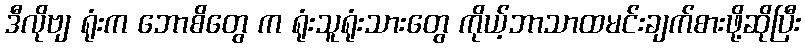
ဒီလိုဗျ ရုံးက ဘောစိတွေ က ရုံးသူရုံးသားတွေ ကိုယ့်ဘာသာထမင်းချက်စားဖို့ဆိုပြီး